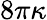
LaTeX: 8\pi\kappa